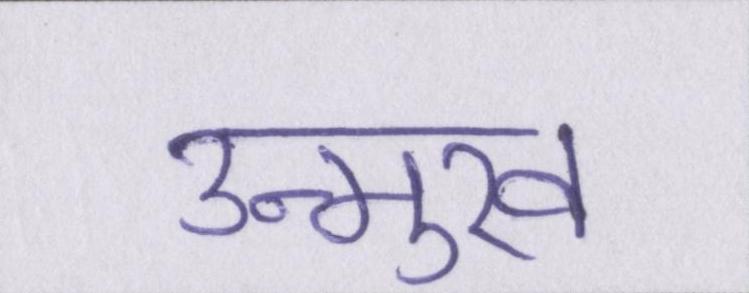
उन्मुख